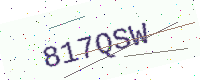
Text: 817QSW